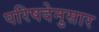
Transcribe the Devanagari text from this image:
परिषदेनुसार